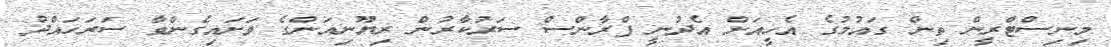
މިނިސްޓްރީން ތިން ގައުމުގެ އެހީއަށް އެދުނީ ފްރާންސް ސަރުކާރުން ރިޔޫނިއަންގެ ވަށައިގެންވާ ސަރަހައްދު